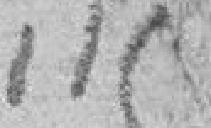
115